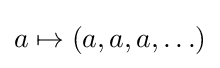
a\mapsto (a,a,a,\ldots )